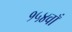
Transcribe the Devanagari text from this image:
१५४वाँ